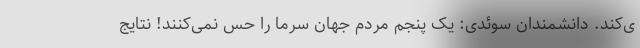
ی‌کند. دانشمندان سوئدی: یک پنجم مردم جهان سرما را حس نمی‌کنند! نتایج